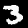
Label: 3